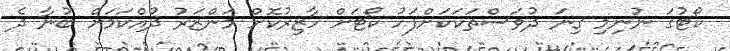
ކޯޓުގަ ނުނިމި ގިނަ ދުވަސްތަކަކަށްފަހު ކޯޓަށް ހާޒިރުކޮށް މަންޒަރު ދުއްކަމަށް ބުނާ ދެ